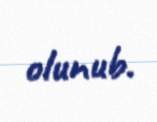
olunub.